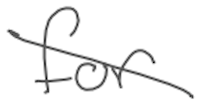
Text: for
Cross-out: diagonal
Writing tool: digital_gray